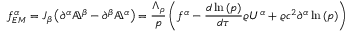
f _ { E M } ^ { \alpha } = J _ { \beta } \left( \partial ^ { \alpha } \mathbb { A } ^ { \beta } - \partial ^ { \beta } \mathbb { A } ^ { \alpha } \right) = \frac { \Lambda _ { \rho } } { p } \left( f ^ { \alpha } - \frac { d { \, \ln { ( p ) } } } { d \tau } \varrho U ^ { \alpha } + \varrho c ^ { 2 } \partial ^ { \alpha } \ln { ( p ) } \right)